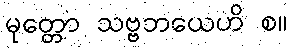
မုတ္တော သဗ္ဗဘယေဟိ စ။